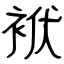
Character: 袱